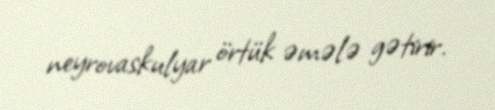
neyrovaskulyar örtük əmələ gətirir.